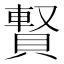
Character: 𧷄